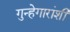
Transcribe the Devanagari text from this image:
गुन्हेगारांशी